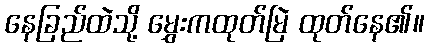
နေခြည်ထဲသို့ မွှေးကထုတ်မြဲ ထုတ်နေ၏။